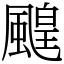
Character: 䬖